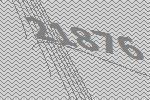
21876